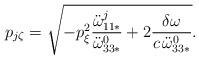
\begin{align*}p_{j\zeta} = \sqrt{-p_{\xi}^2 \frac{\ddot{\omega}^j_{11*}}{\ddot{\omega}^0_{33*}} + 2\frac{\delta\omega}{c\,\ddot{\omega}^0_{33*}}}.\end{align*}